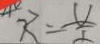
R = \frac { U } { I }